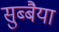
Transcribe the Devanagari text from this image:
सुब्बैया